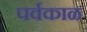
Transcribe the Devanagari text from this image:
पर्वकाळ